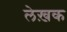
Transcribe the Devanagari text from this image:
लेख़क